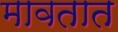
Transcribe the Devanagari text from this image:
मावतात